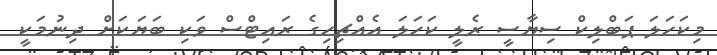
މިކަހަލަ ޕަބްލިކް ސިޔާސީ ރެލީ ކަހަލަ އެއްޗިހިގެ ރައިޓްސް ވަކި ބަޔަކަށް ދިނުމަކީ